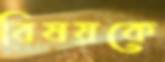
বিষয়কে